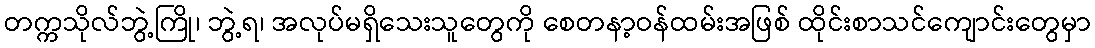
တက္ကသိုလ်ဘွဲ့ကြို၊ ဘွဲ့ရ၊ အလုပ်မရှိသေးသူတွေကို စေတနာ့ဝန်ထမ်းအဖြစ် ထိုင်းစာသင်ကျောင်းတွေမှာ